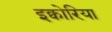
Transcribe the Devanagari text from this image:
इक्वोरिया